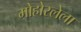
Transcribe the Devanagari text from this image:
मोहोरलेला